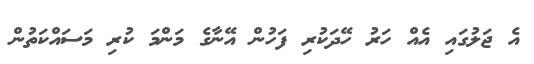
އެ ޖަލުގައި އެއް ހަރު ހޭދަކުރި ފަހުން އޭނާގެ މަންމަ ކުރި މަސައްކަތުން